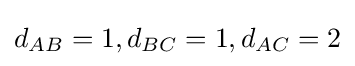
d_{AB}=1,d_{BC}=1,d_{AC}=2